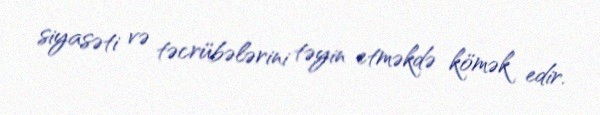
siyasəti və təcrübələrini təyin etməkdə kömək edir.